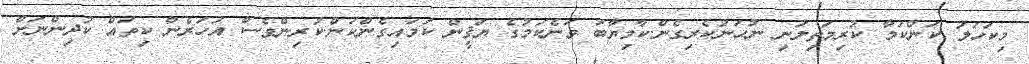
މިކަހަލަ ކަންކަމާ ކުރިމަތިލަނި ނުހަނުކެރިގެން.ކާމިޔާބު ވަނެކަމުގެ ޔަޤީން ކަމައިގެންކަން.ކުރިންވެސް އަހަރެން ކިތައް ކުދިންނަށް